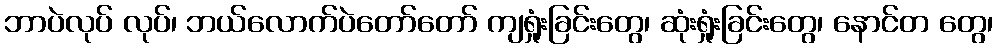
ဘာပဲလုပ် လုပ်၊ ဘယ်လောက်ပဲတော်တော် ကျရှုံးခြင်းတွေ၊ ဆုံးရှုံးခြင်းတွေ၊ နောင်တ တွေ၊